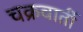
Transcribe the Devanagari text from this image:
चक्रवार्ती